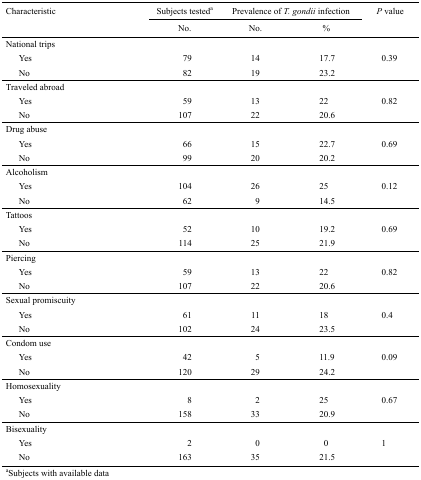
<table><thead><tr><td rowspan="2"><b>Characteristic </b></td><td><b>Subjects tested<sup>a</sup></b></td><td colspan="2"><b>Prevalence of <i>T.gondii</i> infection</b></td><td rowspan="2"><b><i>P</i> value</b></td></tr><tr><td><b>No.</b></td><td><b>No.</b></td><td><b>%</b></td></tr></thead><tbody><tr><td colspan="5">National trips</td></tr><tr><td>Yes</td><td>79</td><td>14</td><td>17.7</td><td>0.39</td></tr><tr><td>No</td><td>82</td><td>19</td><td>23.2</td><td></td></tr><tr><td colspan="5">Traveled abroad</td></tr><tr><td>Yes</td><td>59</td><td>13</td><td>22</td><td>0.82</td></tr><tr><td>No</td><td>107</td><td>22</td><td>20.6</td><td></td></tr><tr><td colspan="5">Drug abuse</td></tr><tr><td>Yes</td><td>66</td><td>15</td><td>22.7</td><td>0.69</td></tr><tr><td>No</td><td>99</td><td>20</td><td>20.2</td><td></td></tr><tr><td colspan="5">Alcoholism</td></tr><tr><td>Yes</td><td>104</td><td>26</td><td>25</td><td>0.12</td></tr><tr><td>No</td><td>62</td><td>9</td><td>14.5</td><td></td></tr><tr><td colspan="5">Tattoos</td></tr><tr><td>Yes</td><td>52</td><td>10</td><td>19.2</td><td>0.69</td></tr><tr><td>No</td><td>114</td><td>25</td><td>21.9</td><td></td></tr><tr><td colspan="5">Piercing</td></tr><tr><td>Yes</td><td>59</td><td>13</td><td>22</td><td>0.82</td></tr><tr><td>No</td><td>107</td><td>22</td><td>20.6</td><td></td></tr><tr><td colspan="5">Sexual promiscuity</td></tr><tr><td>Yes</td><td>61</td><td>11</td><td>18</td><td>0.4</td></tr><tr><td>No</td><td>102</td><td>24</td><td>23.5</td><td></td></tr><tr><td colspan="5">Condom use</td></tr><tr><td>Yes</td><td>42</td><td>5</td><td>11.9</td><td>0.09</td></tr><tr><td>No</td><td>120</td><td>29</td><td>24.2</td><td></td></tr><tr><td colspan="5">Homosexuality</td></tr><tr><td>Yes</td><td>8</td><td>2</td><td>25</td><td>0.67</td></tr><tr><td>No</td><td>158</td><td>33</td><td>20.9</td><td></td></tr><tr><td colspan="5">Bisexuality</td></tr><tr><td>Yes</td><td>2</td><td>0</td><td> 0</td><td>1</td></tr><tr><td>No</td><td>163</td><td>35</td><td>21.5</td><td></td></tr><tr><td colspan="5"><sup>a</sup>Subjects with availabledata</td></tr></tbody></table>